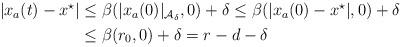
LaTeX: \begin{align*}\begin{aligned}|x_a(t)-x^\star| & \leq \beta(|x_a(0)|_{{\cal A}_\delta},0) + \delta \leq \beta(|x_a(0) - x^\star|,0) +\delta\\& \leq\beta(r_0,0) + \delta = r-d-\delta \end{aligned}\end{align*}